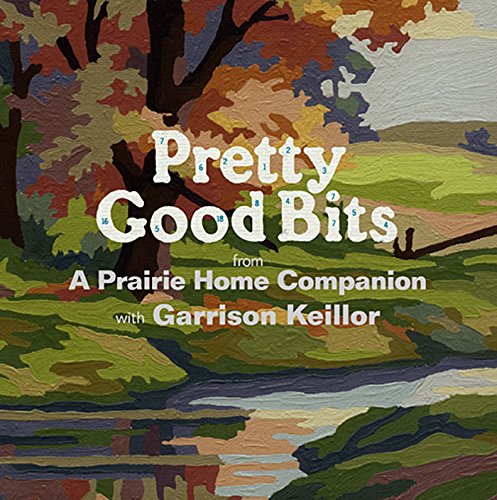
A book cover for Pretty Good Bits; A Prairie Home Companion; Humor & Entertainment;